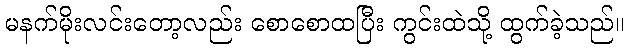
မနက်မိုးလင်းတော့လည်း စောစောထပြီး ကွင်းထဲသို့ ထွက်ခဲ့သည်။